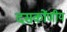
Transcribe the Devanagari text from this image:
दसकोंणीय